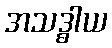
အသဒ္ဓါယ